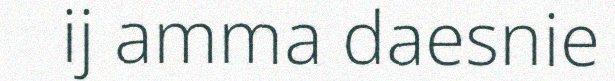
ij amma daesnie